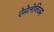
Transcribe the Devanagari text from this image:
ऐमेलेनिज्म